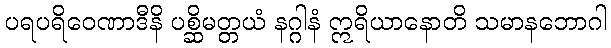
ပရပရိဝေဏာဒီနိ ပစ္ဆိမတ္တယံ နဂ္ဂါနံ ဣရိယာနောတိ သမာနဘောဂါ